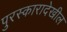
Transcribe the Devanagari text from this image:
पुरस्कारादेखील